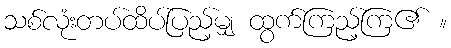
သစ်လုံးတပ်ထိပ်ပြည့်မျှ ထွက်ကြည့်ကြ၏ ။